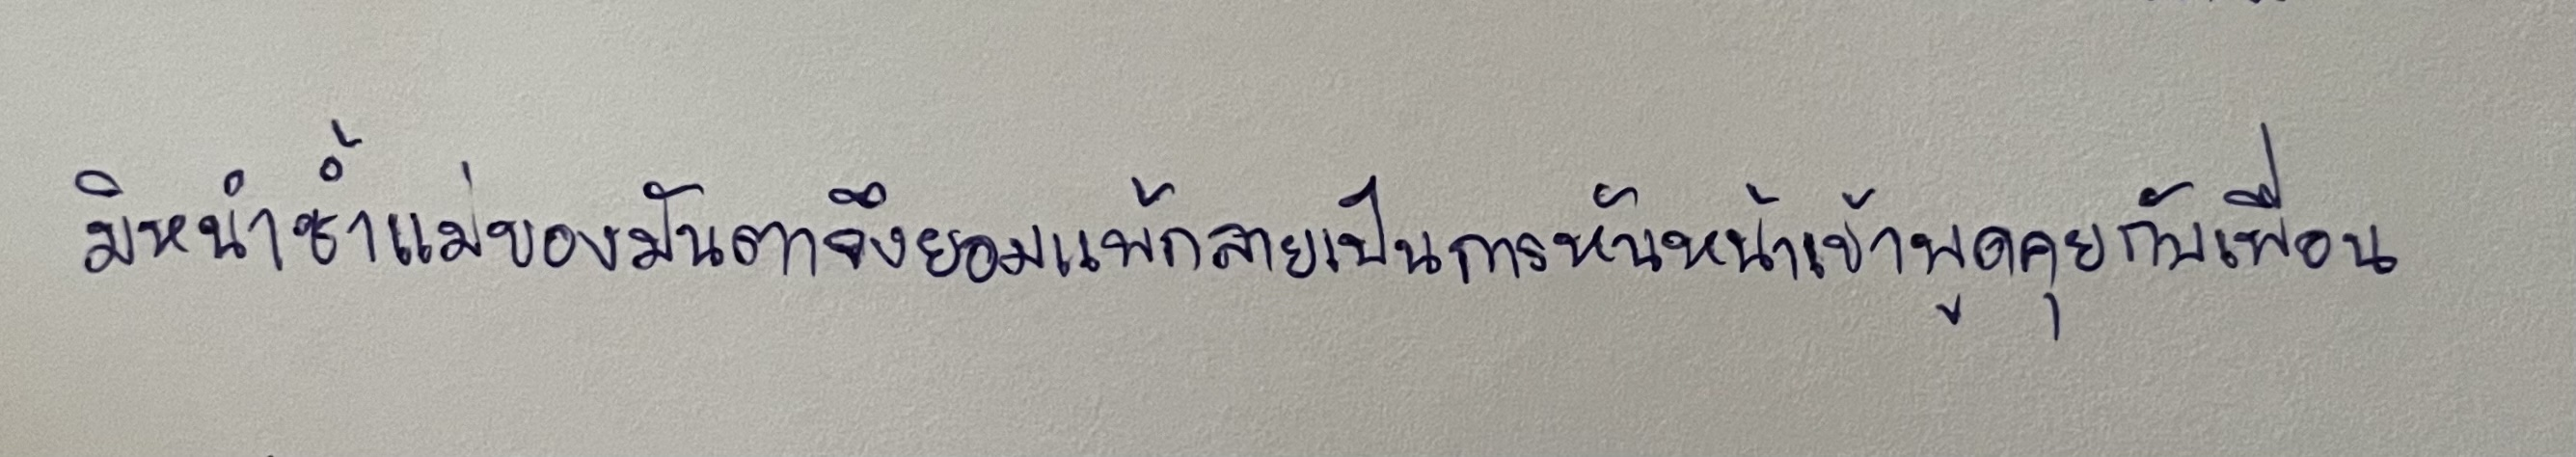
มิหนำซ้ำแม่ของมันตาจึงยอมแพ้กลายเป็นการหันหน้าเข้าพูดคุยกับเพื่อน